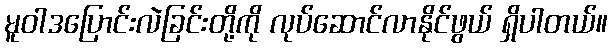
မူဝါဒပြောင်းလဲခြင်းတို့ကို လုပ်ဆောင်လာနိုင်ဖွယ် ရှိပါတယ်။